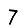
Digit: 7